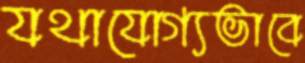
যথাযোগ্যভাবে